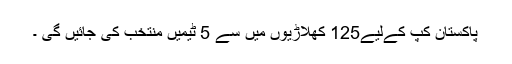
پاکستان کپ کےلیے125 کھلاڑیوں میں سے 5 ٹیمیں منتخب کی جائیں گی ۔